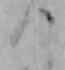
つ